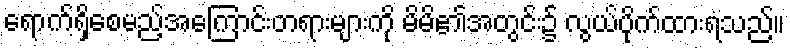
ရောက်ရှိစေမည့်အကြောင်းတရားများကို မိမိ၏အတွင်း၌ လွယ်ပိုက်ထားရသည်။